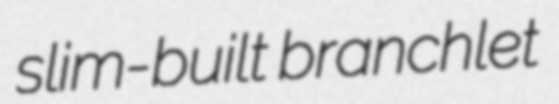
slim-built branchlet